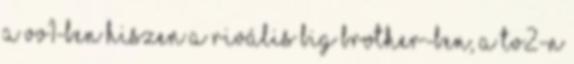
a VV1-ben hiszen a rivális Big Brother-ben, a Tv2-n